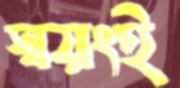
স্বয়ংই